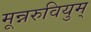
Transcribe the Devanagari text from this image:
मून्नरुवियुम्